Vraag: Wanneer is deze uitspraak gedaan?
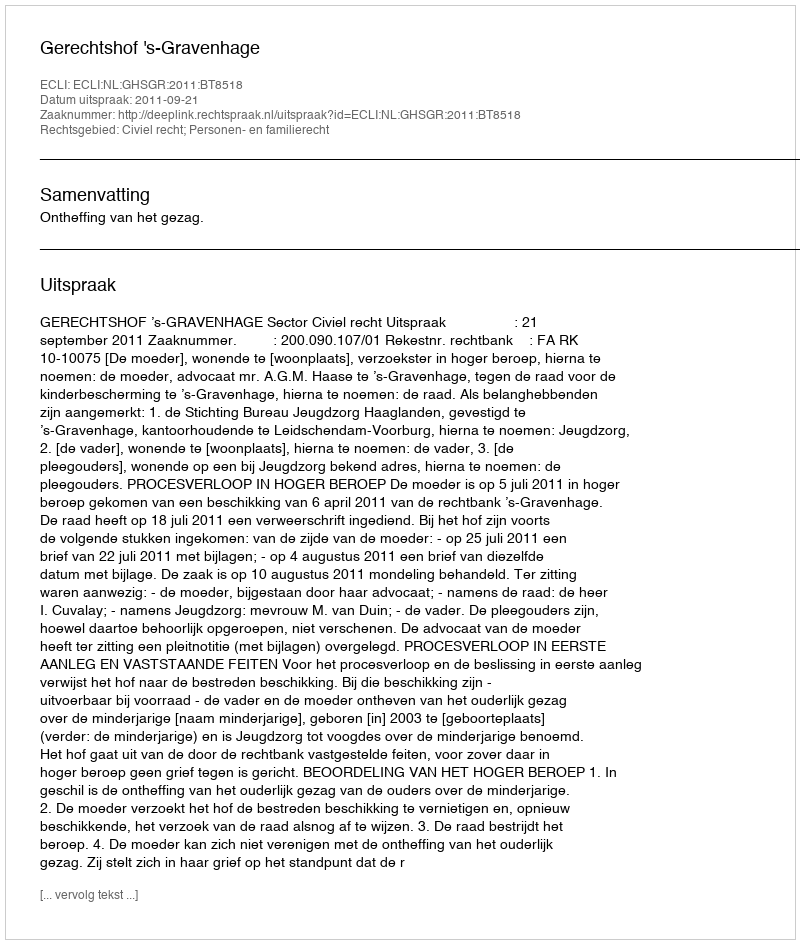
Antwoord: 2011-09-21